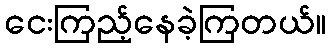
ငေးကြည့်နေခဲ့ကြတယ်။